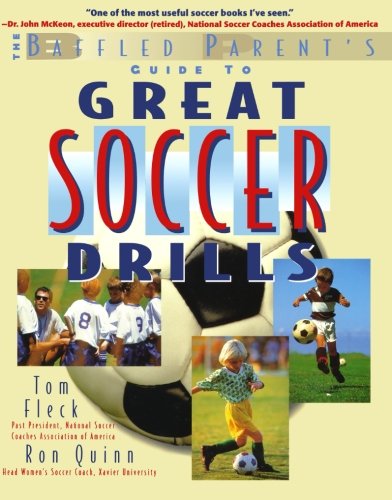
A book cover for Great Soccer Drills : The Baffled Parent's Guide; Thomas Fleck; Sports & Outdoors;